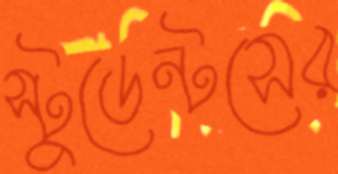
স্টুডেন্টসের